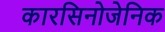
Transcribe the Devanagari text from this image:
कारसिनोजेनिक